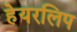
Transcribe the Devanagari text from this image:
हेयरलिप